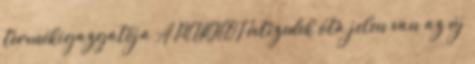
termékigazgatója A PEUGEOT évtizedek óta jelen van az új